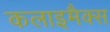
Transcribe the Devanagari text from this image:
कलाइमैक्स